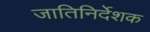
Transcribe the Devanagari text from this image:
जातिनिर्देशक